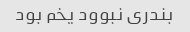
بندری نبوود یخم بود